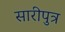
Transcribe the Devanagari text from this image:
सारीपुत्र